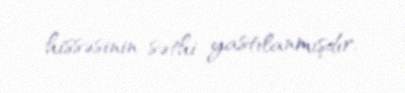
hissəsinin səthi yastılanmışdır.